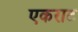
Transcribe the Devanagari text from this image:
एकराट